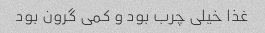
غذا خیلی چرب بود و کمی گرون بود